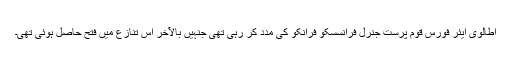
اطالوی ایئر فورس قوم پرست جنرل فرانسسکو فرانکو کی مدد کر رہی تھی جنہیں بالآخر اس تنازع میں فتح حاصل ہوئی تھی۔